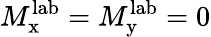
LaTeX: M_{\mathrm{x}}^{\mathrm{lab}}=M_{\mathrm{y}}^{\mathrm{lab}}=0